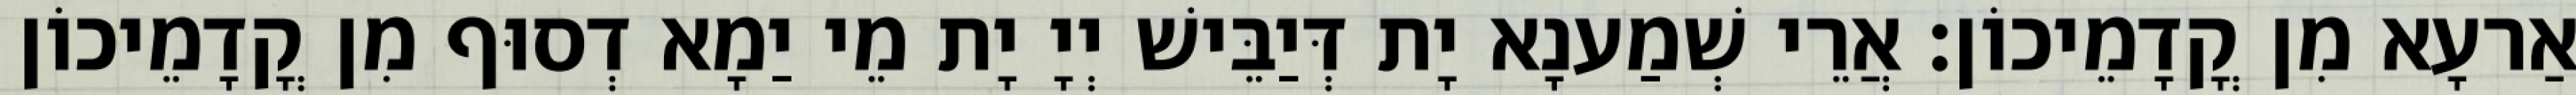
אַרעָא מִן קֳדָמֵיכוֹן׃ אֲרֵי שְׁמַענָא יָת דְּיַבֵּישׁ יְיָ יָת מֵי יַמָא דְסוּף מִן קֳדָמֵיכוֹן